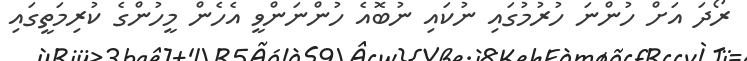
ރޯދަ އަށް ހުންނަ ހުރުމުގައި ނުކައި ނުބޮއެ ހުންނަންވީ އެހެން މީހުންގެ ކުރިމަތީގައި